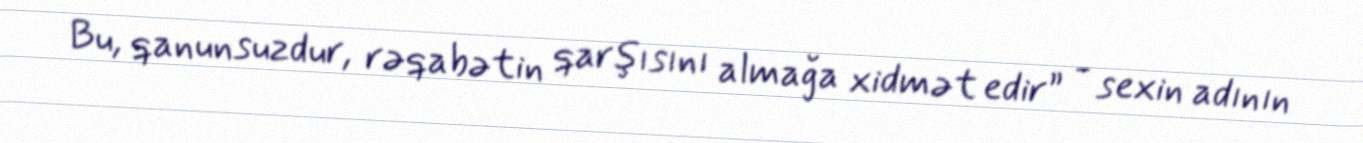
Bu, qanunsuzdur, rəqabətin qarşısını almağa xidmət edir” - sexin adının